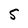
Character: S